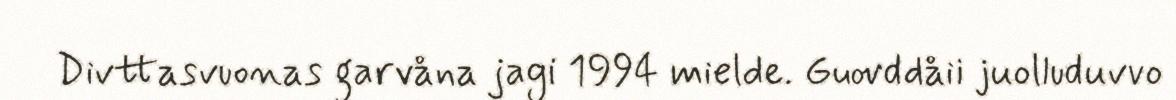
Divttasvuonas garvåna jagi 1994 mielde. Guovddåii juolluduvvo